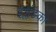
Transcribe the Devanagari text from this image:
इंग्लैंडका